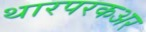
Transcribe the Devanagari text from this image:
थारपरकअर